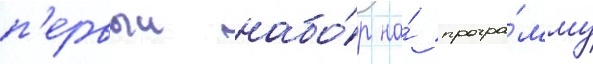
п'ервыи набо́р на́ програ́мму